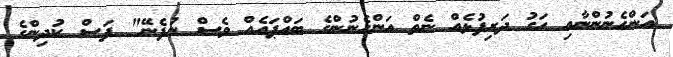
އަންހެނުންނާއި ހަގު ދަރިފުޅެއް ނެތް އަންހެނުންގެ ބައްޕައެއް ވެސް ނުފެނޭ" ފަސް ކުދިންގެ